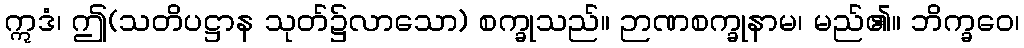
ဣဒံ၊ ဤ(သတိပဋ္ဌာန သုတ်၌လာသော) စက္ခုသည်။ ဉာဏစက္ခုနာမ၊ မည်၏။ ဘိက္ခဝေ၊